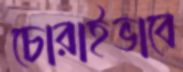
চোরাইভাবে